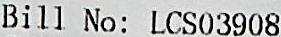
BILL NO: LCS03908